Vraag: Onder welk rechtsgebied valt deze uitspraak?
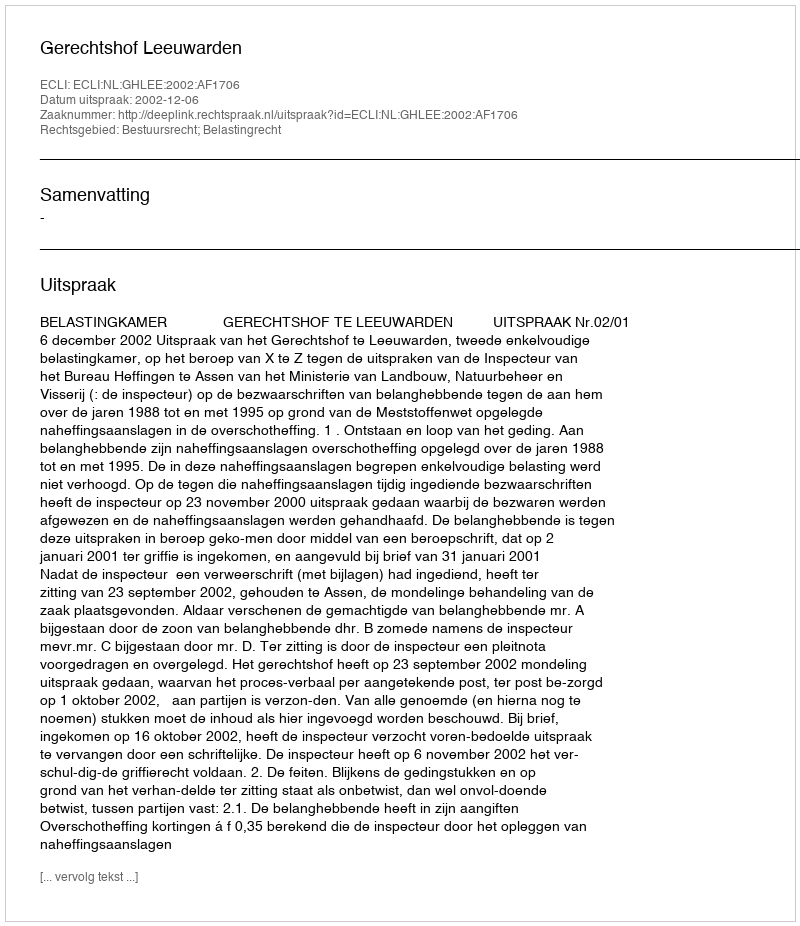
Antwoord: Bestuursrecht; Belastingrecht